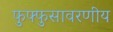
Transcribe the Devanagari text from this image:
फुफ्फुसावरणीय